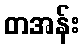
တအန်း